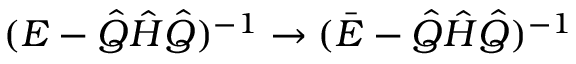
( E - \ensuremath { \hat { Q } } \ensuremath { \hat { H } } \ensuremath { \hat { Q } } ) ^ { - 1 } \to ( \bar { E } - \ensuremath { \hat { Q } } \ensuremath { \hat { H } } \ensuremath { \hat { Q } } ) ^ { - 1 }